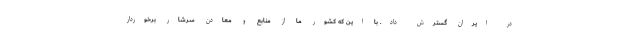
در ایران گسترش داد. با این که کشور ما از منابع و معادن سرشار برخوردار